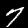
Digit: 7